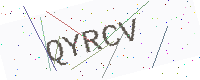
Text: QYRCV